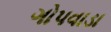
ગોપવાડા